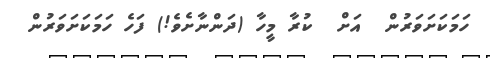
ހަމަކަށަވަރުން  އަށް  ކުރާ މީހާ (ދަންނާށެވެ!) ފަހެ ހަމަކަށަވަރުން